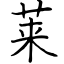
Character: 莱